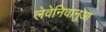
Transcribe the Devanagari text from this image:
लेवेनिवानुआ